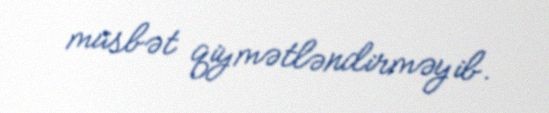
müsbət qiymətləndirməyib.